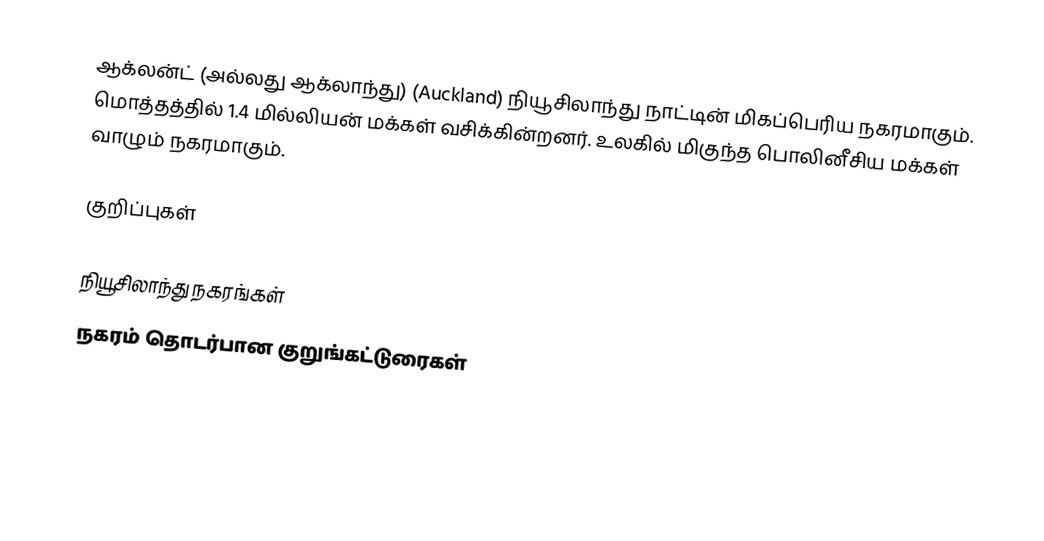
ஆக்லன்ட் (அல்லது ஆக்லாந்து) (Auckland) நியூசிலாந்து நாட்டின் மிகப்பெரிய நகரமாகும். மொத்தத்தில் 1.4 மில்லியன் மக்கள் வசிக்கின்றனர். உலகில் மிகுந்த பொலினீசிய மக்கள் வாழும் நகரமாகும்.

குறிப்புகள்

நியூசிலாந்து நகரங்கள்
நகரம் தொடர்பான குறுங்கட்டுரைகள்